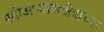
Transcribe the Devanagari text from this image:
स्त्रीअभ्यासक्षेत्राच्या